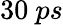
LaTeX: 30~ps